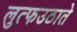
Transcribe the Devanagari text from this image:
लुत्फउठाते